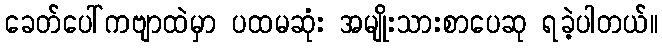
ခေတ်ပေါ်ကဗျာထဲမှာ ပထမဆုံး အမျိုးသားစာပေဆု ရခဲ့ပါတယ်။